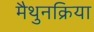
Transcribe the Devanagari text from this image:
मैथुनक्रिया